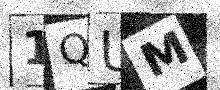
Text: 1QUM